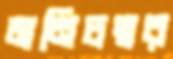
মনিচত্বর